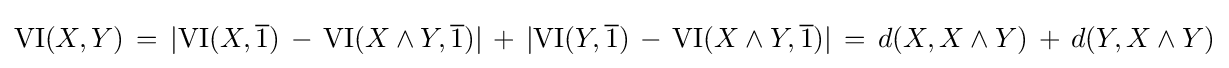
\mathrm {VI} (X,Y)\,=\,|\mathrm {VI} (X,{\overline {\mathrm {1} }})\,-\,\mathrm {VI} (X\wedge Y,{\overline {\mathrm {1} }})|\,+\,|\mathrm {VI} (Y,{\overline {\mathrm {1} }})\,-\,\mathrm {VI} (X\wedge Y,{\overline {\mathrm {1} }})|\,=\,d(X,X\wedge Y)\,+\,d(Y,X\wedge Y)